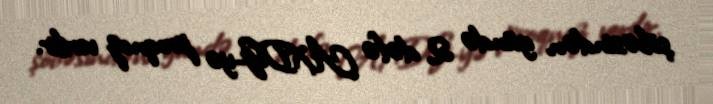
şöbəsindən gündə 2 dəfə AXDG-yə proqnoz verilir.